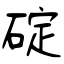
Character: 碇